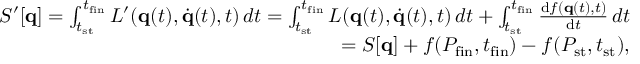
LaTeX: \begin{array} { r } { S ^ { \prime } [ \mathbf { q } ] = \int _ { t _ { \mathrm { s t } } } ^ { t _ { \mathrm { f i n } } } L ^ { \prime } ( \mathbf { q } ( t ) , { \dot { \mathbf { q } } } ( t ) , t ) \, d t = \int _ { t _ { \mathrm { s t } } } ^ { t _ { \mathrm { f i n } } } L ( \mathbf { q } ( t ) , { \dot { \mathbf { q } } } ( t ) , t ) \, d t + \int _ { t _ { \mathrm { s t } } } ^ { t _ { \mathrm { f i n } } } { \frac { \mathrm { d } f ( \mathbf { q } ( t ) , t ) } { \mathrm { d } t } } \, d t } \\ { = S [ \mathbf { q } ] + f ( P _ { \mathrm { f i n } } , t _ { \mathrm { f i n } } ) - f ( P _ { \mathrm { s t } } , t _ { \mathrm { s t } } ) , } \end{array}